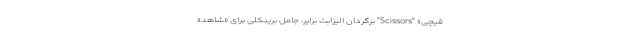
قیچی‌» "Scissors" برگردان الیزابت برایر، جامل برینکلی برای «شاهد»